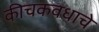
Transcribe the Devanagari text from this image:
कीचकवधाचे